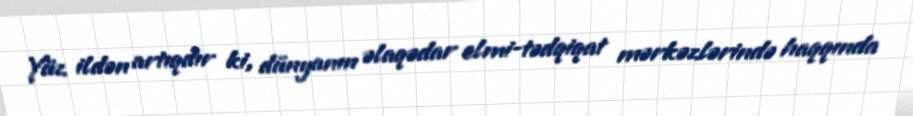
Yüz ildən artıqdır ki, dünyanın əlaqədar elmi-tədqiqat mərkəzlərində haqqında